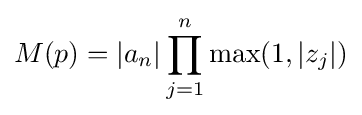
M(p)=|a_{n}|\prod _{j=1}^{n}\max(1,|z_{j}|)